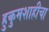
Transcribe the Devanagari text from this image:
हुकुमशाहीचा